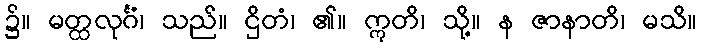
၌။ မတ္ထလုင်္ဂံ၊ သည်။ ဌိတံ၊ ၏။ ဣတိ၊ သို့။ န ဇာနာတိ၊ မသိ။